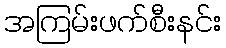
အကြမ်းဖက်စီးနင်း